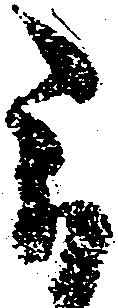
被